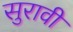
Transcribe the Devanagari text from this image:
सुरावी